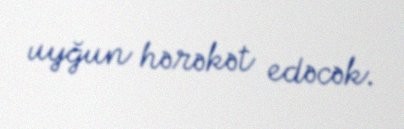
uyğun hərəkət edəcək.